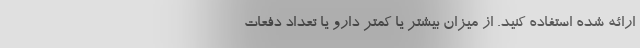
ارائه شده استفاده کنید. از میزان بیشتر یا کمتر دارو یا تعداد دفعات